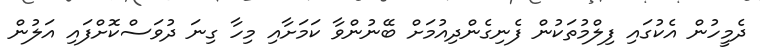
ދެމީހުން އެކުގައި ފިލްމުތަކުން ފެނިގެންދިއުމަށް ބޭނުންވާ ކަމަށާއި މިހާ ގިނަ ދުވަސްކޮށްފައި އަލުން